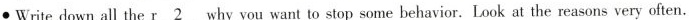
●Write dowr all theh\underline{r2}why you want to stop some bebavior . Look at the reasons very often.